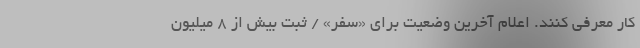
کار معرفی کنند. اعلام آخرین وضعیت برای «سفر» / ثبت بیش از ۸ میلیون